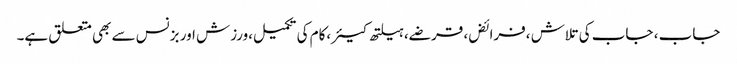
جاب ، جاب کی تلاش ،فرائض، قرضے، ہیلتھ کیئر،کام کی تکمیل،ورزش اور بزنس سے بھی متعلق ہے۔